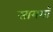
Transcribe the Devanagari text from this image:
सायगाँ